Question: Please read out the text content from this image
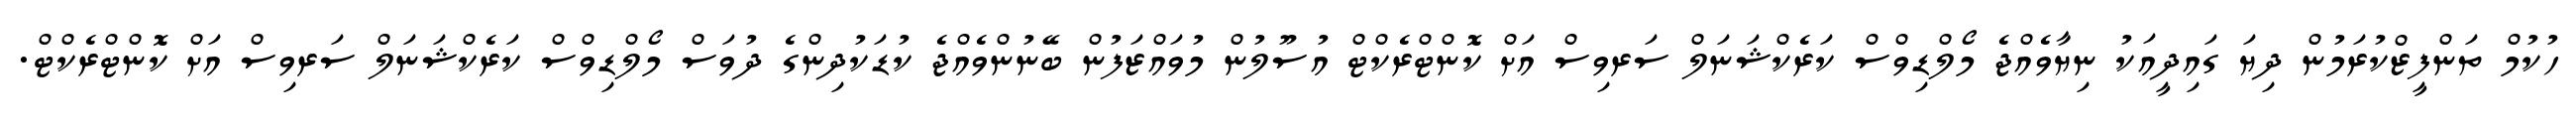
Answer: ހުކުމް ތަންފީޒްކުރަމުން ދިޔަ ގައިދީއަކު ނިޔާވެއްޖެ މޯލްޑިވްސް ކަރެކްޝަނަލް ސަރވިސް އަށް ކޮންޓްރެކްޓް އުސޫލުން މުވައްޒަފުން ބޭނުންވެއްޖެ ކުޑަކުދިންގެ ދުވަސް މޯލްޑިވްސް ކަރެކްޝަނަލް ސަރވިސް އަށް ކޮންޓްރެކްޓް.